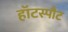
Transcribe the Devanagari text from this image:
हॉटस्‍पौट